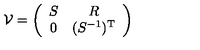
{ \cal { V } } = \left( \begin{array} { c c } { S } & { R } \\ { 0 } & { ( S ^ { - 1 } ) ^ { \mathrm { T } } } \\ \end{array} \right)